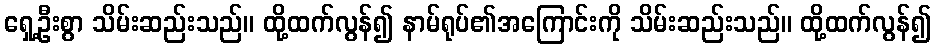
ရှေ့ဦးစွာ သိမ်းဆည်းသည်။ ထို့ထက်လွန်၍ နာမ်ရုပ်၏အကြောင်းကို သိမ်းဆည်းသည်။ ထို့ထက်လွန်၍